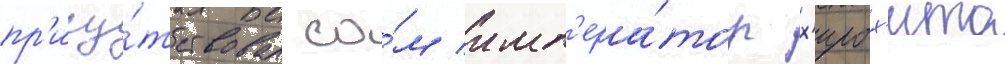
пр'ису́тствовал са́м имп'ера́тор х'ирох'ито